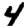
Digit: 4